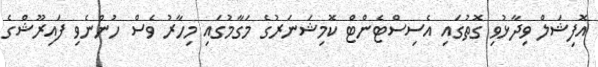
އޮފިޝަލް ވިދާޅުވި ގޮތުގައި އެސިސްޓެންޓް ކޮމިޝަނަރުގެ މަގާމުގައި މިހާރު ވެސް ހުންނެވި ފައިރޫޝްގެ